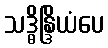
သဒ္ဓိန္ဒြိယံပေ